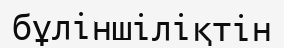
бұліншіліқтін